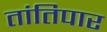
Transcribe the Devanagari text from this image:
तांतिपार